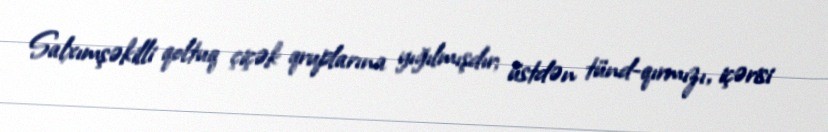
Salxımşəkilli qoltuq çiçək qruplarına yığılmışdır; üstdən tünd-qırmızı, içərisi